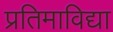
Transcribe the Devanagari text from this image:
प्रतिमाविद्या